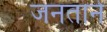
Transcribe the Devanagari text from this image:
जनताने